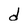
Character: d